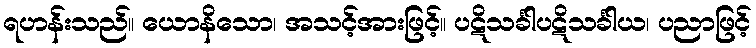
ရဟန်းသည်။ ယောနိသော၊ အသင့်အားဖြင့်။ ပဋိသင်္ခါပဋိသင်္ခါယ၊ ပညာဖြင့်